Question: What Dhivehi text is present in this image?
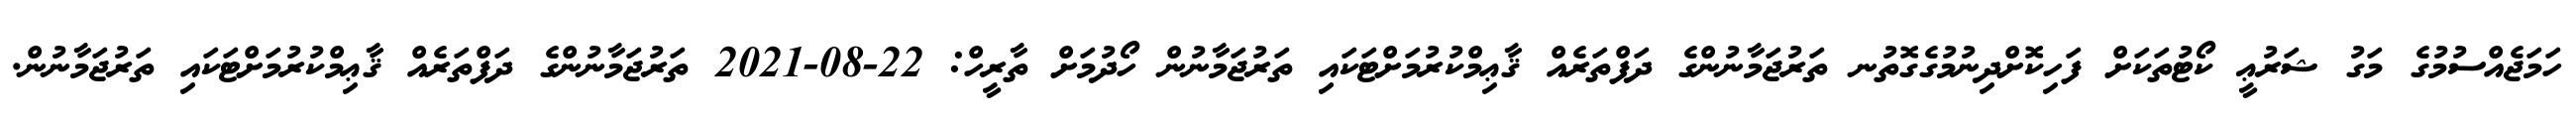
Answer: ހަމަޖެއްސުމުގެ މަގު ޝަރުޢީ ކޯޓުތަކަށް ފަހިކޮށްދިނުމުގެގޮތުނ ތަރުޖަމާނުންގެ ދަފްތަރެއް ޤާޢިމްކުރުމަށްޓަކައި ތަރުޖަމާނުން ހޯދުމަށް ތާރީހް: 22-08-2021 ތަރުޖަމާނުންގެ ދަފްތަރެއް ޤާޢިމްކުރުމަށްޓަކައި ތަރުޖަމާނުން.